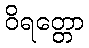
ဝိရတ္တော